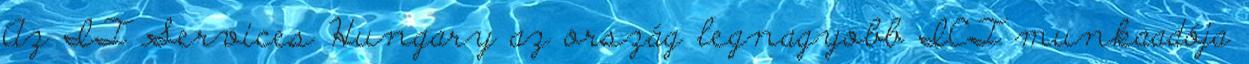
Az IT Services Hungary az ország legnagyobb ICT munkaadója